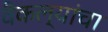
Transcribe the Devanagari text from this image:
वैकल्यांचा